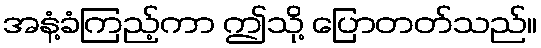
အနံ့ခံကြည့်ကာ ဤသို့ ပြောတတ်သည်။